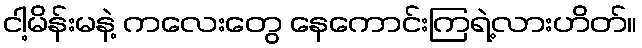
ငါ့မိန်းမနဲ့ ကလေးတွေ နေကောင်းကြရဲ့လားဟိတ်။